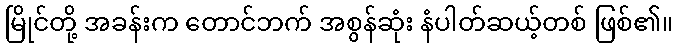
မြိုင်တို့ အခန်းက တောင်ဘက် အစွန်ဆုံး နံပါတ်ဆယ့်တစ် ဖြစ်၏။